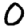
Digit: 0